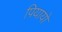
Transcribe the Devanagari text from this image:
पियायो